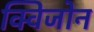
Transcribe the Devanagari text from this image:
क्विजोन